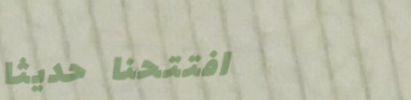
افتتحنا حديثاً